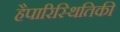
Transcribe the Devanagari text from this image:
हैपारिस्थितिकी